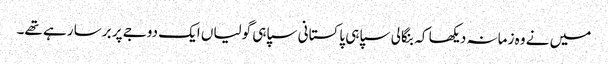
میں نے وہ زمانہ دیکھا کہ بنگالی سپاہی پاکستانی سپاہی گولیاں ایک دوجے پر برسا رہے تھے۔